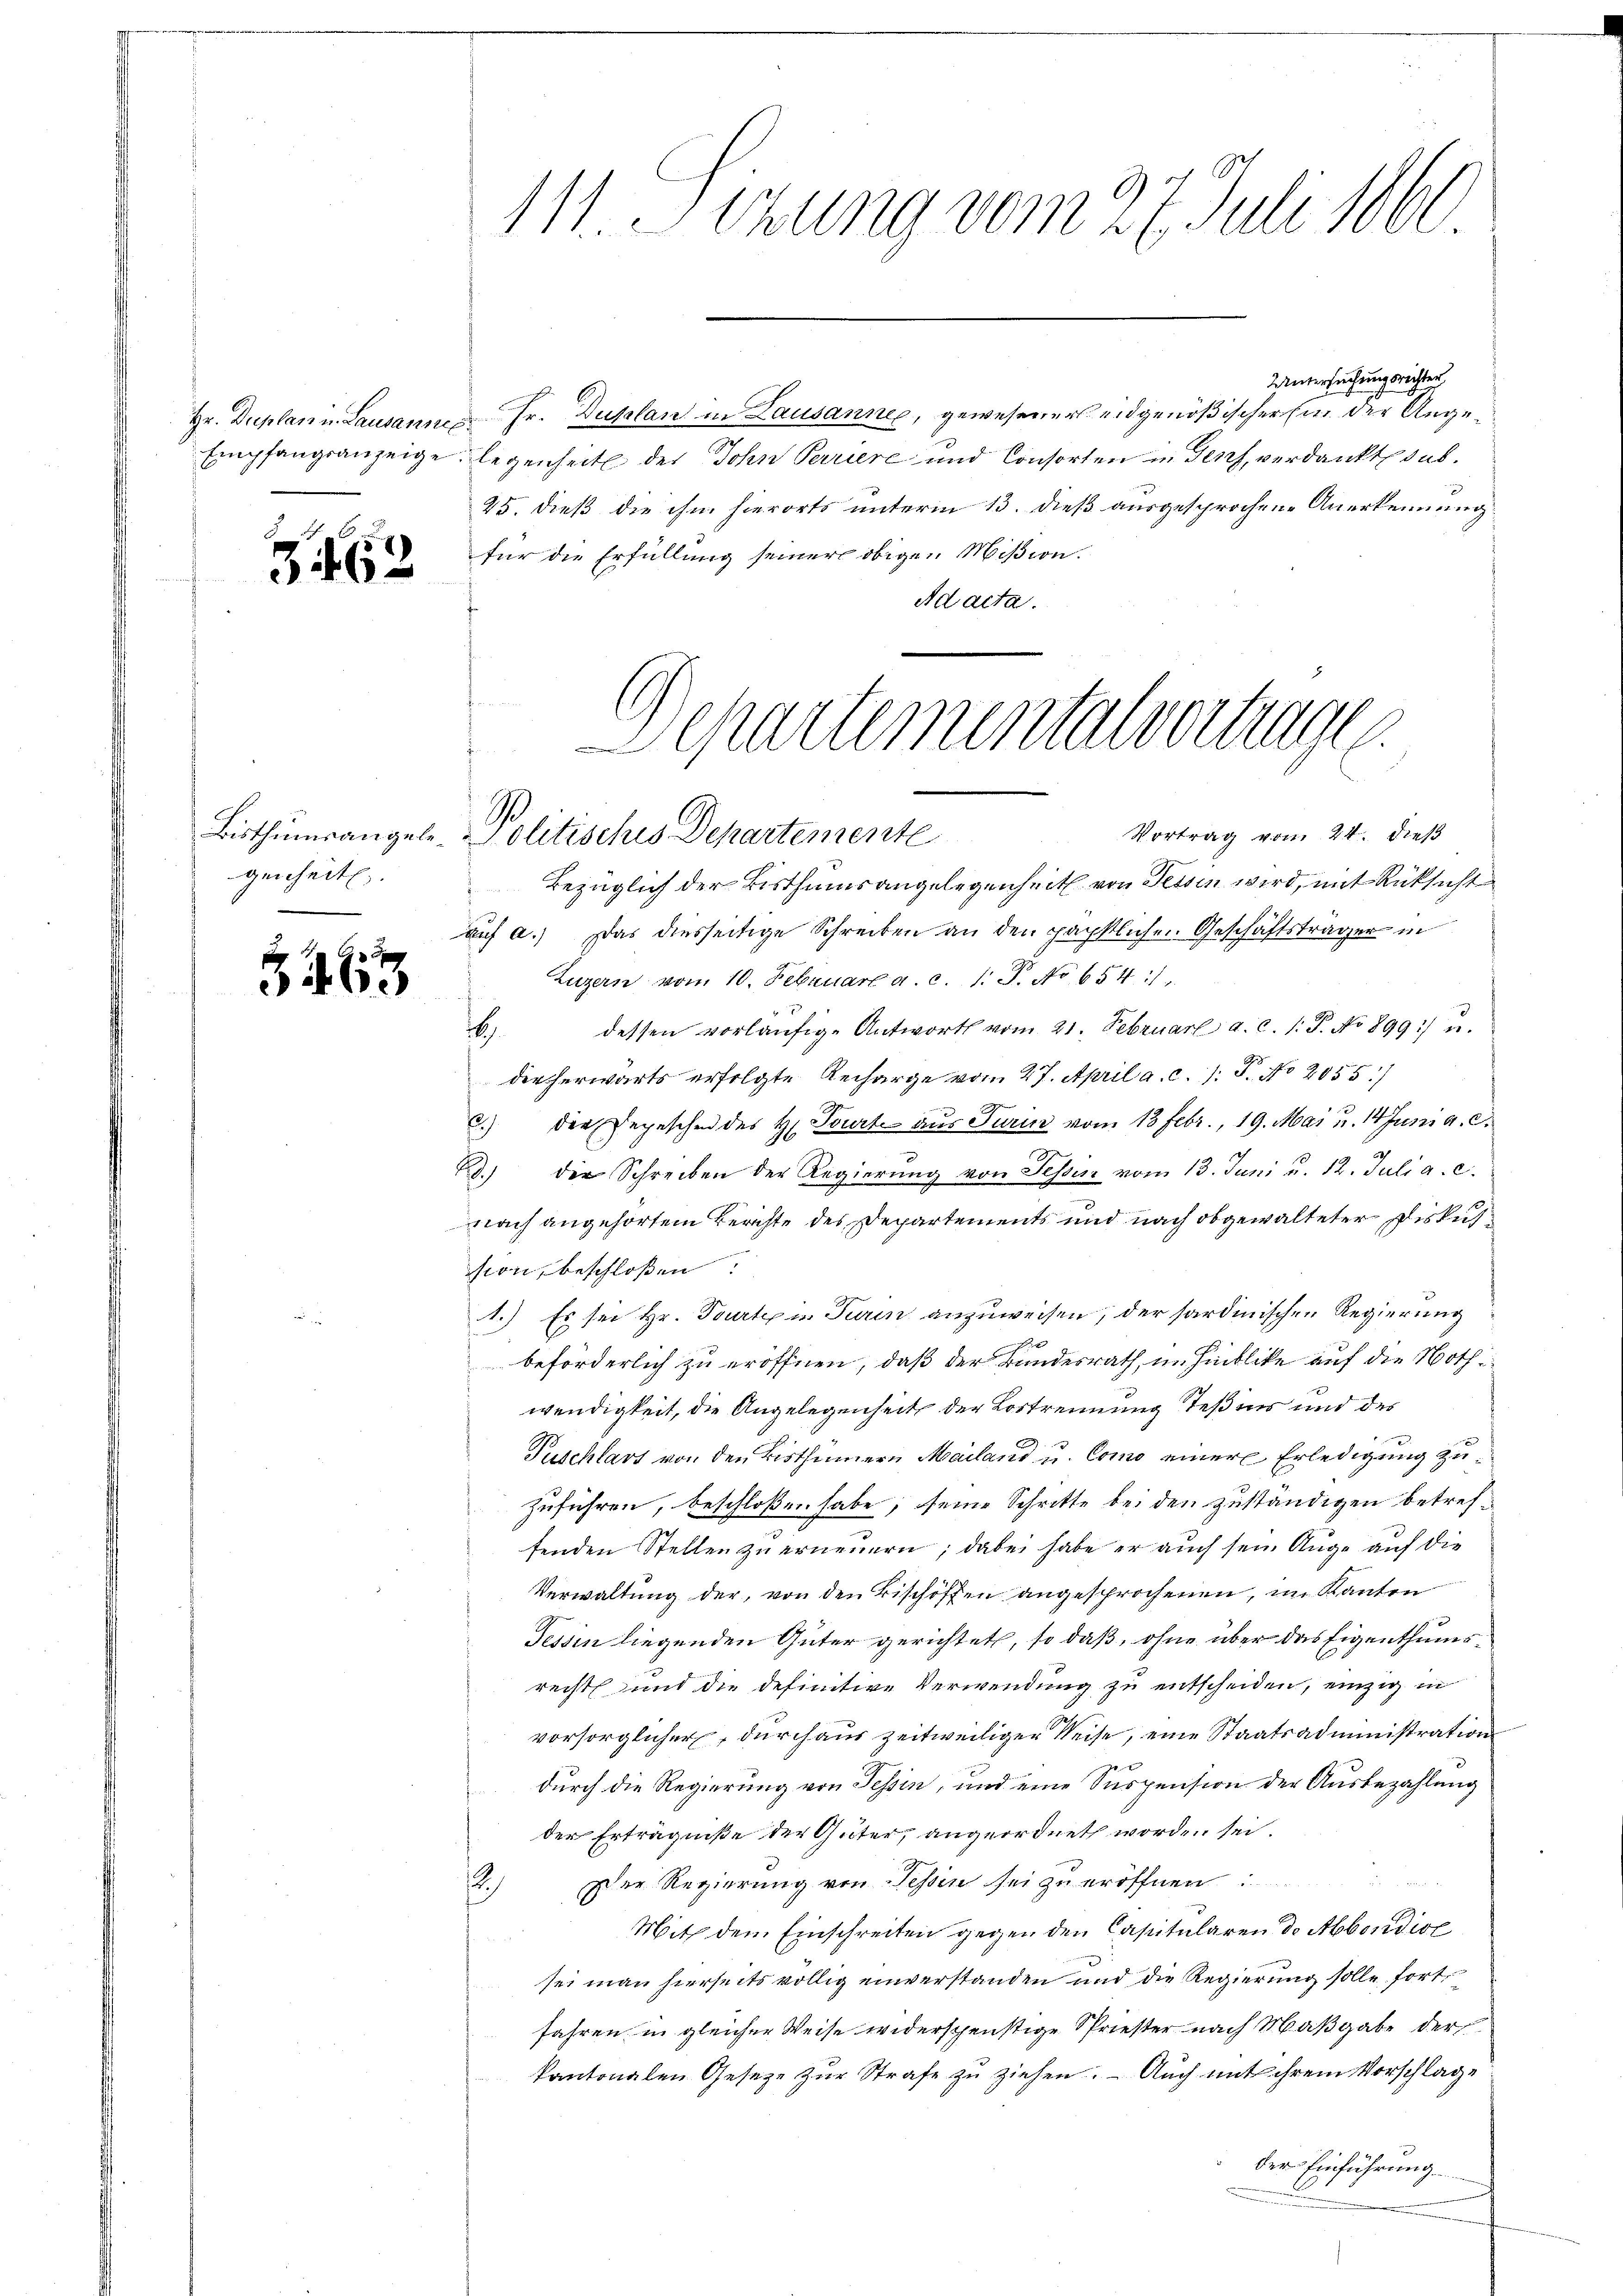
3

2

Bisthumsangelegenheit.

346.

Uuntersuchungsrichter
Hr. Duplan u. Lausannes Fr. Duplan in Lausannes, gewesener eidgenößischer Ein der Ange¬
Empfangsanzeigelegenheit des John Perriere und Consorten in Genf, verdankte dab
25. dieß die ihm hierorts unterm 13. dieß ausgesprochene Anerkennung
für die Erfüllung seiner obigen Mißion.
Ad acta.

111. Sizung vom 27. Juli 1860

Departementalvertrage
Vortrag vom 24. dieß
Politisches Departemente

Bezüglich der Bisthumsangelegenheit von Tessin wird, mit Rüksicht
auf a.) Das diesseitige Schreiben an den päpstlichen Geschäftsträger in
Luzern vom 10. Februar a. c. 1. P. No 654 :/
6) dessen vorläŭfige Antworts vom 21. Februar a. c. 1: P. No 899) u.
dieherwärts erfolgte Recharge vom 27. April a. c. /: P. No 2055/
3) der Depeschen des H. Tourt aus Turin vom 13 Febr., 19. Mai u. Juni a. c.
8.) Der Schreiben der Regierung von Tessis vom 13. Juni u. 12. Juli a. c.
nach angehörtem Berichte des Departements und nach obgewalteter Diskus
sion, beschloßen:
1.) Es sei Hr. Tourtein Turin anzuweisen, der sardinischen Regierung
beförderlich zu eröffnen, daß der Bundesrath, im Hinblicke auf die Nothwendigkeit, die Angelegenheits der Lostrennung Teßins und des
Puschlart von den Bisthümern Mailand u. Como einer Erledigung zuzuführen, beschloßen habe, seine Schritte bei den zuständigen betreffenden Stellen zu erneuern; dabei habe er auch sein Auge auf die
Verwaltung der, von den Bischöffen angesprochenen, im Kanton
Tessin liegenden Güter gerichtet, so daß, ohne über das Eigenthumsrecht und die definitive Verwendung zu entscheiden, einzig in
vorsorglicher, durchaus zeitweiliger Reise, eine Staatsadministrationsx
durch die Regierung von Tessin, und eine Suspension der Ausbezahlung
der Erträgniße der Güter, angeordnet worden sei.
Der Regierung von Tessin sei zu eröffnen
s
Mit dem Einschreiten gegen den Capitularen de Abordisc
sei man hierseits völlig einverstanden und die Regierung solle fort
fahren in gleicher Weise widerschenstige Spriester nach Maßgabe der
kantonalen Gesetze zur Strafe zu ziehen. – Auch mit ihrem Vorschlage
der Einführung